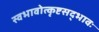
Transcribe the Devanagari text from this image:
स्वभावोत्कृष्टसद्भावः